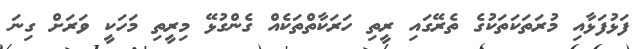
ފަޅުފަޅާއި މުރަތަކަތަކުގެ ތެރޭގައި ރީތި ހަރަކާތްތަކެއް ގެންގުޅޭ މިރީތި މަހަކީ ވަރަށް ގިނަ